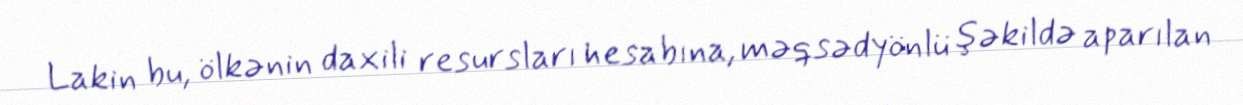
Lakin bu, ölkənin daxili resursları hesabına, məqsədyönlü şəkildə aparılan